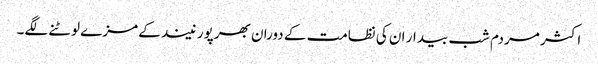
اکثر مردم شب بیدار ان کی نظامت کے دوران بھرپور نیند کے مزے لوٹنے لگے۔